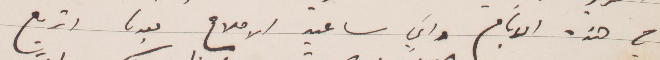
في هذه الأيام واني سأعيد الإصلاح بعد ما اتربع